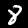
Digit: 8